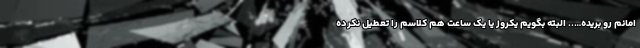
امانم رو بریده….. البته بگویم یکروز یا یک ساعت هم کلاسم را تعطیل نکرده